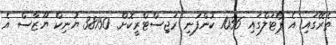
ތެރޭގައި އެ ޕޯޓަލްގައި 1036 ކުންފުނި ރަޖިސްޓްރީކޮށް